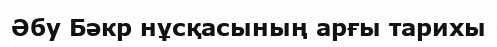
Әбу Бәкр нұсқасының арғы тарихы